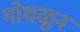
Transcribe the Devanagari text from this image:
गोधळून